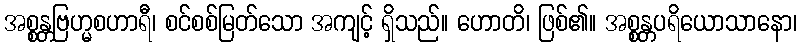
အစ္စန္တဗြဟ္မစဟာရီ၊ စင်စစ်မြတ်သော အကျင့် ရှိသည်။ ဟောတိ၊ ဖြစ်၏။ အစ္စန္တပရိယောသာနော၊